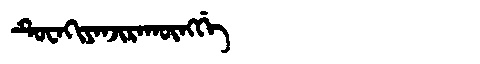
Manchu: ᡨᡠᠸᠠᡴᡳᠶᠠᠨᠵᡳᡵᠠᡴᡡᠩᡤᡝ
Romanization: TUWAKIYANJIRAKŪNGGE